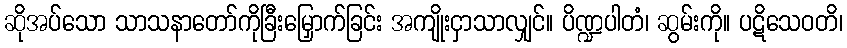
ဆိုအပ်သော သာသနာတော်ကိုခြီးမြှောက်ခြင်း အကျိုးငှာသာလျှင်။ ပိဏ္ဍပါတံ၊ ဆွမ်းကို။ ပဋိသေဝတိ၊